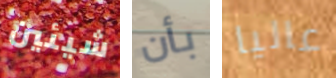
شيئين بأن عاليا